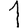
Digit: 1